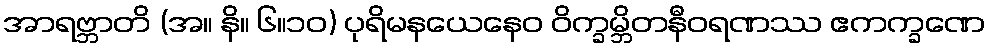
အာရဗ္ဘာတိ (အ။ နိ။ ၆။၁၀) ပုရိမနယေနေဝ ဝိက္ခမ္ဘိတနီဝရဏဿ ဧကက္ခဏေ